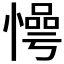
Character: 𱟊